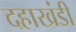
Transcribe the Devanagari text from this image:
दहाखंडी